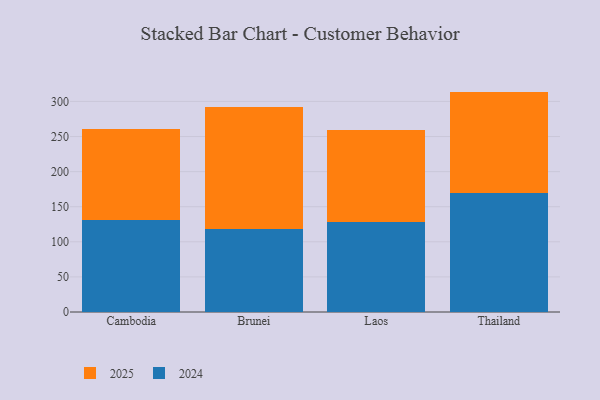
{"axis": {"x": "Country", "y": "Shipments"}, "legend": ["2024", "2025"], "data": [{"x": "Cambodia", "y": 129.0, "type": "2025"}, {"x": "Cambodia", "y": 131.2, "type": "2024"}, {"x": "Brunei", "y": 173.2, "type": "2025"}, {"x": "Brunei", "y": 118.6, "type": "2024"}, {"x": "Laos", "y": 130.8, "type": "2025"}, {"x": "Laos", "y": 128.7, "type": "2024"}, {"x": "Thailand", "y": 144.6, "type": "2025"}, {"x": "Thailand", "y": 169.4, "type": "2024"}]}